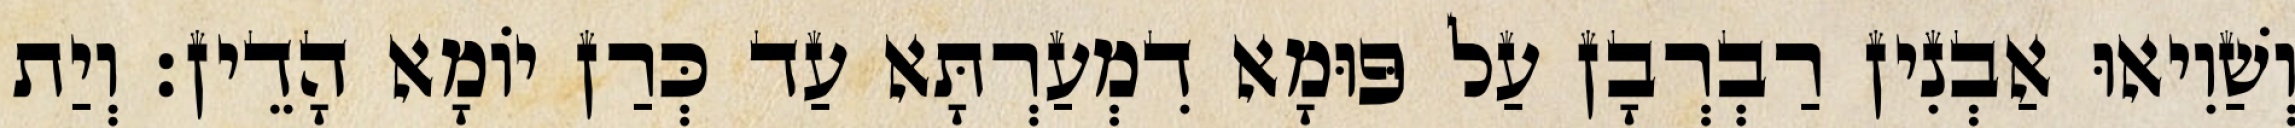
וְשַׁוִיאוּ אַבְנִין רַבְרְבָן עַל פּוּמָא דִמְעַרְתָּא עַד כְּרַן יוֹמָא הָדֵין׃ וְיַת